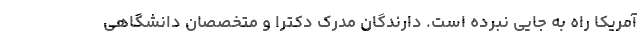
آمریکا راه به جایی نبرده است. دارندگان مدرک دکترا و متخصصان دانشگاهی